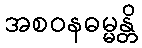
အစဝနဓမ္မန္တိ